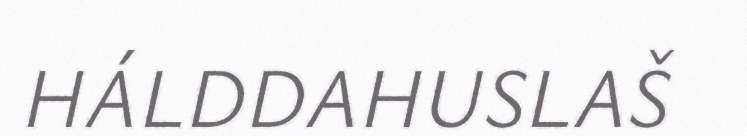
HÁLDDAHUSLAŠ